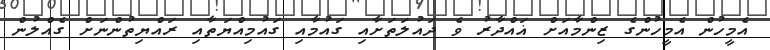
އެމީހުން އެމީހުންގެ ޒިންމާއަށް ޣައްދާރު ވެ ދައުލަތަށާއި ގައުމާއި ގައުމިއްޔަތާއި ރައްޔިތުންނަށް ގެއްލުން